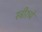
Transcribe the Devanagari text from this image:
स्त्रीरुपे